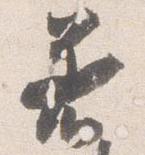
着